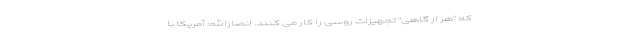
که "هر از گاهی" تجهیزات روسی را کار می کنند. انصارالله: آمریکا با